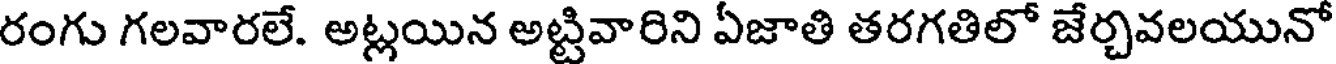
రంగు గలవారలే. అట్లయిన అట్టివారిని ఏజాతి తరగతిలో జేర్చవలయునో